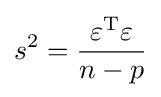
s^{2}={\frac {\varepsilon ^{\operatorname {T} }\varepsilon }{n-p}}